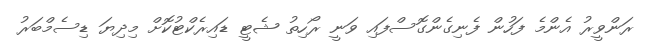
ރަންވީރު އެންމެ ފަހުން ފެނިގެންގޮސްފައި ވަނީ ރޯހިތު ޝެޓީ ޑައިރެކްޓުކޮށް މިދިޔަ ޑިސެމްބަރު